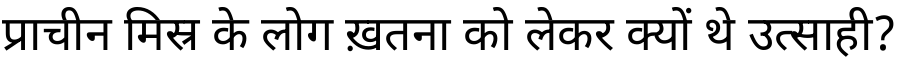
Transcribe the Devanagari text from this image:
प्राचीन मिस्र के लोग ख़तना को लेकर क्यों थे उत्साही?